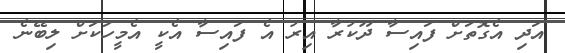
އަދި އެގޮތަށް ފައިސާ ދޫކުރާ އިރު އެ ފައިސާ އެކީ އެމީހަކަށް ލިބޭނެ